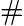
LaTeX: \#